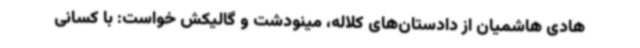
هادی هاشمیان از دادستان‌های کلاله، مینودشت و گالیکش خواست: با کسانی